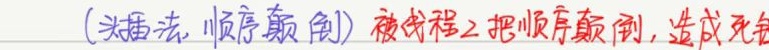
(头插法, 顺序颠倒) 被线程2把顺序颠倒, 造成死链